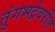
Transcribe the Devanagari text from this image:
तुंगभद्रेवरील